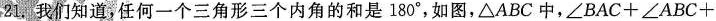
我们知道,任何一个三角形三个内角的和是180^{\circ}，如图，\triangle ABC中，$$\angle BAC+\angle ABC+$$